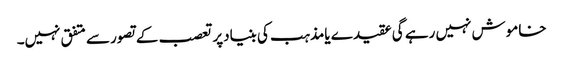
خاموش نہیں رہے گی عقیدے یامذہب کی بنیادپرتعصب کے تصورسے متفق نہیں۔